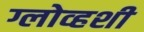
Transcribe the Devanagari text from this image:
ग्लोव्हशी